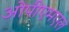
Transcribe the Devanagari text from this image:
ओपीएमएल